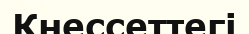
Кнессеттегі